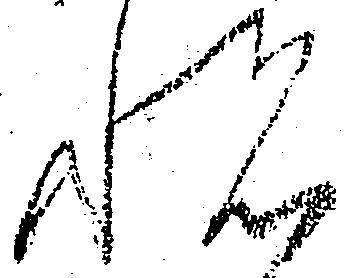
悦